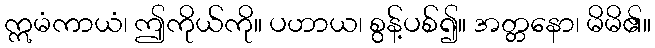
ဣမံကာယံ၊ ဤကိုယ်ကို။ ပဟာယ၊ စွန့်ပစ်၍။ အတ္တနော၊ မိမိ၏။